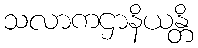
သလာကဌာနိယန္တိ